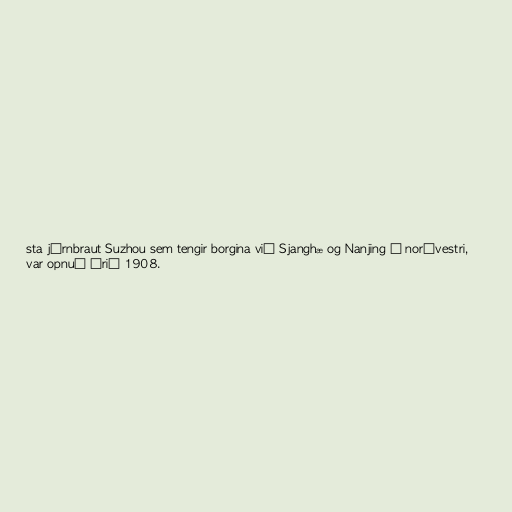
sta járnbraut Suzhou sem tengir borgina við Sjanghæ og Nanjing í norðvestri,
var opnuð árið 1908.